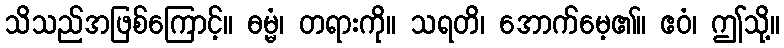
သိသည်အဖြစ်ကြောင့်။ ဓမ္မံ၊ တရားကို။ သရတိ၊ အောက်မေ့၏။ ဧဝံ၊ ဤသို့။